Calcutta medical institutions reports 1892-1900
Year: 1892
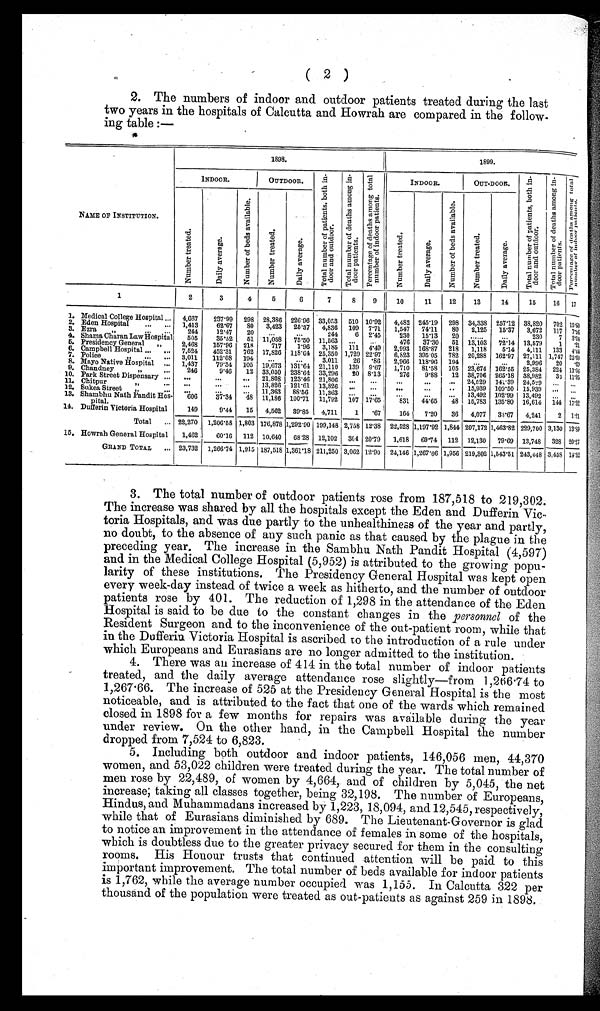
( 2 )
2. The numbers of indoor and outdoor patients treated during the last
two years in the hospitals of Calcutta and Howrah are compared in the follow-
ing table :—
NAME OF INSTITUTION.
1898.
1899.
INDOOR.
OUTDOOR.
T o t a l n u m b e r o f p a t i e n t s . b o t h i n -
d o o r a n d o u t d o o r .
T o t a l n u m b e r o f d e a t h s a m o n g i n -
d o o r p a t i e n t s . P e r c e n t a g e o f d e a t h s a m o n g t o t a l
n u m b e r o f i n d o o r p a t i e n t s .
INDOOR.
OUT-DOOR.
T o t a l n u m b e r o f p a t i e n t s , b o t h i n -
d o o r a n d o u t d o o r . T o t a l n u m b e r o f d e a t h s a m o n g i n -
d o o r p a t i e n t s . P e r c e n t a g e o f d e a t h s a m o n g t o t a l
n u m b e r o f i n d o o r p a t i e n t s .
N u m b e r t r e a t e d .
D a i l y a v e r a g e .
N u m b e r o f b e d s a v a i l a b l e .
N u m b e r t r e a t e d .
D a i l y a v e r a g e .
N u m b e r t r e a t e d .
D a i l y a v e r a g e .
N u m b e r o f b e d s a v a i l a b l e .
N u m b e r t r e a t e d .
D a i l y a v e r a g e .
1
2
3
4
5
6
7
8 9
10
11 12 13
11
15 16 17
1. Medical College Hospital ... 4,667 237.99 298 28,386 226.96 33,053 510 10.92 4,482 245.19 298 34,338 257.12 38,820 702 15. 60
2. Eden Hospital ... ... 1,413 62.67 80 3,423 25.37 4,836 109 7.71 1,547 74.11 80 2,125 15.37 3,672 117 7.56
3. Ezra ,,
... 244 12.47 20 ... ...
244 6 2.45 230 15.13 20 ...
...
230 7 3.04
4. Shama Charan Law Hospital 505 35.52 51 11,058 75.50 11,563 ... ...
476 37.30 51 13,103 72.14 13,579 1 . 21
5. Presidency General „
2,468 157.96 218 717 1.96 3,185 111 4.49 2,993 168.87 218 1,118 5.14 4,111 133 4.44
6. Campbell Hospital ... ... 7,524 452.31 762 17,826 118.64 25,350 1,729 22.97 6,823 395.05 782 20,288 162.97 27,111 1,747 25.60
7. Police ... ... 3,011 112.08 194 ... ...
3.011 26 .86 2,966 118.96 194 ... ...
2,996 20 .60
8. Mayo Native Hospital ... 1,437 79.34 105 19,673 131.64 21,110 139 9.67 1,710 81.58 105 23,674 162.55 25,384 224 13.06
9. Chandney
. . . 246
9.46 12 33,050 238.64 33,296 20 8.13 276 9.88 12 38,706 265.18 38,982 33 11.95
10. Park Street Dispensary ... ...
...
... 21,808 123.46 21,806 ... ... ...
... ... 24,529 141.39 24,529 ... ...
11. Chitpur
„
... ...
...
... 13,826 121.61 13,826 ... ... ...
... ... 15,939 109.50 15,939 ... ...
12. Sukea Street "
... ...
... 11,363 88.56 11,363 ... ... ...
... ... 13,492 102.99 13,492 ... ...
13. Shambhu Nath Pandit Hos-
pital.
606 37.34 48 11,186 100.71 11, 792 107 17. 65 831 44.65 48 15,783 135.80 16,614 144 1 7 . 3 2
14. Dufferin Victoria Hospital
149
9.44 15 4,562 39.85 4,711 1 .67 164 7.20 36 4,077 33.67 4,241 2 1.21
Total ... 22,270 1,206.58 1,803 176,878 1,292.90 199,148 2,758 12.38 22,528 1,197.92 1,844 207,172 1,463.82 229,700 3,130 13.89
15. Howrah General Hospital 1,462 60.16 112 10,640 68.28 12,102 304 20.79 1,618 69.74 112 12,130 79.69 13,748 328 20.27
GRAND TOTAL ... 23,732 1,266.74 1,915 187,518 1,361.18 211,250 3,062 12.90 24,146 1,267.66 1,956 219,302 1,543.51 243,448 3,458 14.32
3. The total number of outdoor patients rose from 187,518 to 219,302.
The increase was shared by all the hospitals except the Eden and Dufferin
Vic-toria Hospitals, and was due partly to the unhealthiness of the year and partly,
no doubt, to the absence of any such panic as that caused by the plague in the
preceding year. The increase in the Sambhu Nath Pandit Hospital (4,597)
and in the Medical College Hospital (5,952) is attributed to the growing popu-
larity of these institutions. The Presidency General Hospital was kept open
every week-day instead of twice a week as hitherto, and the number of outdoor
patients rose by 401. The reduction of 1,298 in the attendance of the Eden
Hospital is said to be due to the constant changes in the personnel of the
Resident Surgeon and to the inconvenience of the out-patient room, while that
in the Dufferin. Victoria Hospital is ascribed to the introduction of a rule under
which Europeans and Eurasians are no longer admitted to the institution.
4 . T h e r e w a s a n i n c r e a s e o f 4 1 4 i n t h e t o t a l n u m b e r o f i n d o o r p a t i e n t s
treated, and the daily average attendance rose slightly—from 1,266.74 to
1,267.66. The increase of 525 at the Presidency General Hospital is the most
noticeable, and is attributed to the fact that one of the wards which remained
closed in 1898 for a few months for repairs was available during the year
under review. On the other hand, in the Campbell Hospital the number
dropped from 7,524 to 6,823.
5 . I n c l u d i n g b o t h o u t d o o r a n d i n d o o r p a t i e n t s , 1 4 6 , 0 5 6 m e n , 4 4 , 3 7 0
women, and 53,022 children were treated during the year. The total number of
men rose by 22,489, of women by 4,664, and of children by 5,045, the net
increase; taking all classes together, being 32,198. The number of Europeans,
Hindus, and Muhammadans increased by 1,223, 18,094, and 12,545, respectively,
while that of Eurasians diminished by 689. The Lieutenant-Governor is glad
to notice an improvement in the attendance of females in some of the hospitals,
which is doubtless due to the greater privacy secured for them in the consulting
rooms. His Honour trusts that continued attention will be paid to this
important improvement. The total number of beds available for indoor patients
is 1,762, while the average number occupied was 1,155. In Calcutta 322 per
thousand of the population were treated as out-patients as against 259 in 1898.